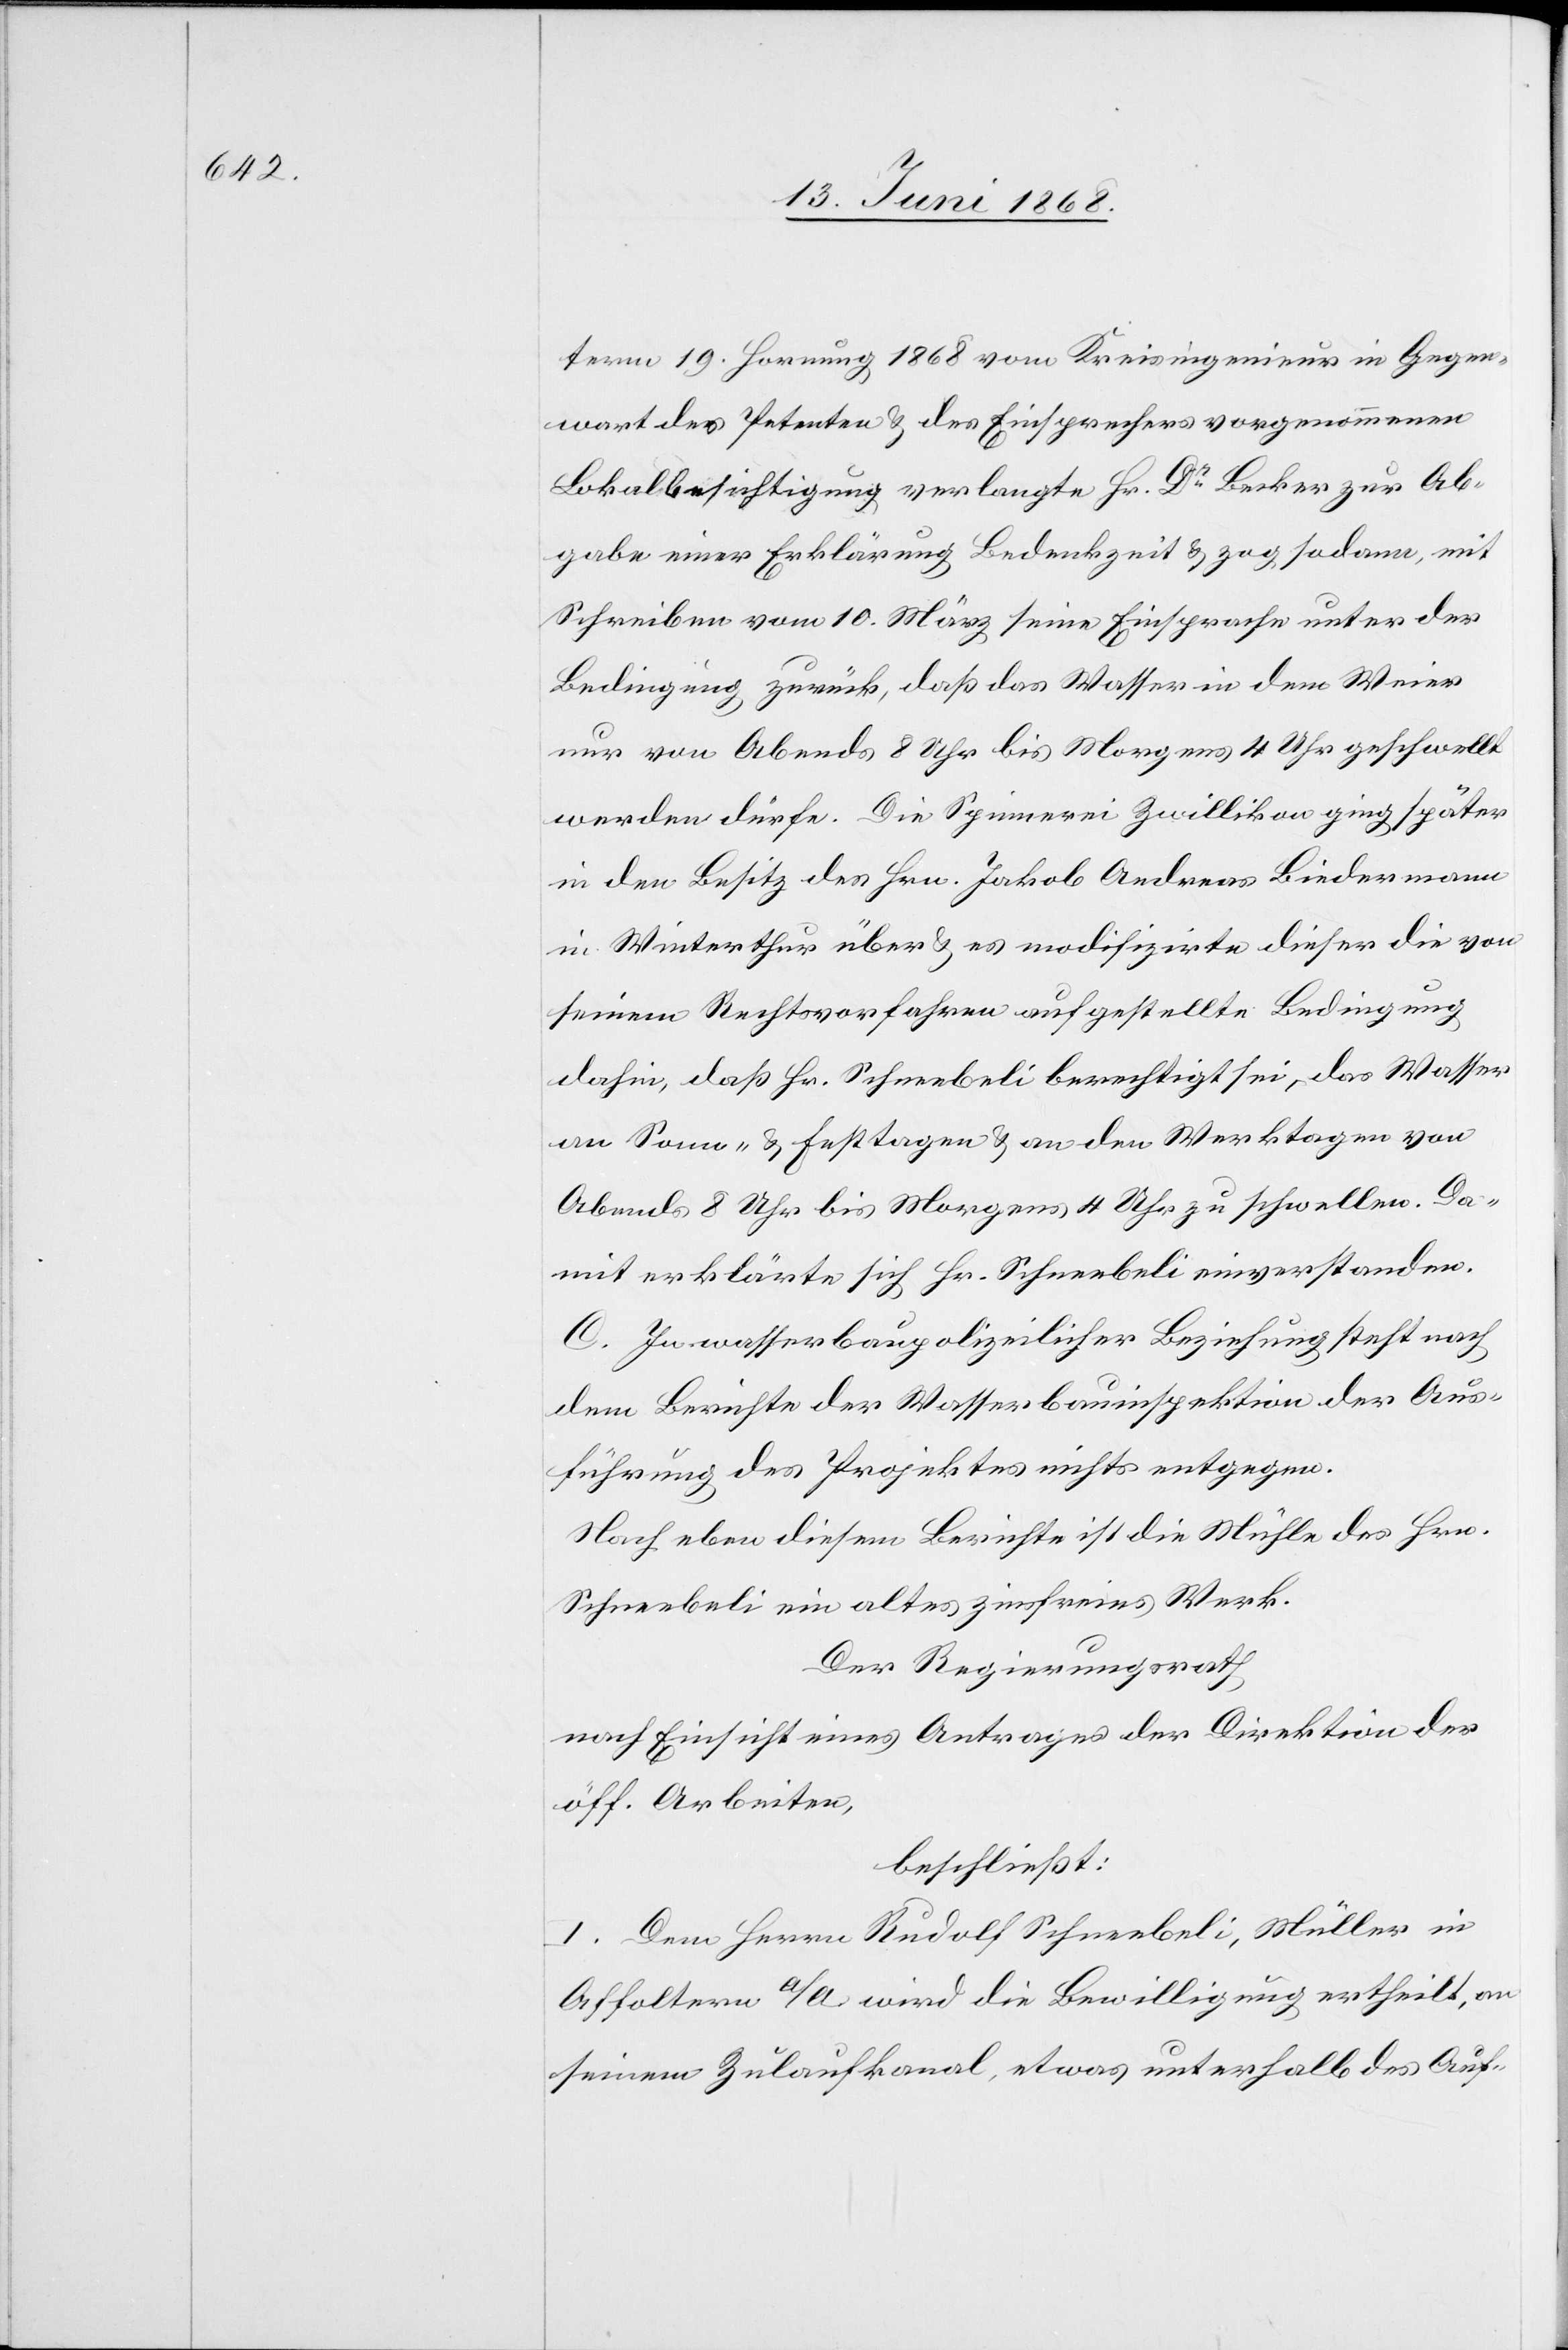
term 19. Hornung 1868 vom Kreisingenieur in Gegen¬
wart des Petenten & des Einsprechers vorgenommenen
Lokalbesichtigung verlangte Hr. Dr Becker zur Ab¬
gabe einer Erklärung Bedenkzeit & zog sodann, mit
Schreiben vom 10. März seine Einsprache unter der
Bedingung zurück, daß das Wasser in dem Weier
nur von Abends 8 Uhr bis Morgens 4 Uhr geschwellt
werden dürfe. Die Spinnerei Zwillikon ging später
in den Besitz des Hrn. Jakob Andreas Biedermann
in Winterthur über & es modifizirte dieser die von
seinem Rechtsvorfahren aufgestellte Bedingung
dahin, daß Hr. Schneebeli berechtigt sei, das Wasser
an Sonn- & Festtagen & an den Werktagen von
Abends 8 Uhr bis Morgens 4 Uhr zu schwellen. Da¬
mit erklärte sich Hr. Schneebeli einverstanden.
C. In wasserbaupolizeilicher Beziehung steht nach
dem Berichte der Wasserbauinspektion der Aus¬
führung des Projektes nichts entgegen.
Nach eben diesem Berichte ist die Mühle des Hrn.
Schneebeli ein altes zinsfreies Werk.
Der Regierungsrath
nach Einsicht eines Antrages der Direktion der
öff. Arbeiten,
beschließt:
I. Dem Herrn Rudolf Schneebeli, Müller in
Affoltern a/A. wird die Bewilligung ertheilt, an
seinem Zulaufkanal, etwas unterhalb des Auf-